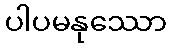
ပါပမနုဿော